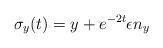
LaTeX: \begin{align*}\sigma_y(t)=y+e^{-2t}\epsilon n_y\end{align*}